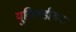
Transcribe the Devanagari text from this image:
युक्लिडीच्या